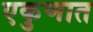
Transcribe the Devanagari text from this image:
एकुणात